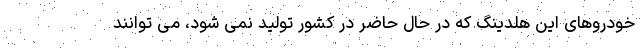
خودروهای این هلدینگ که در حال حاضر در کشور تولید نمی شود، می توانند